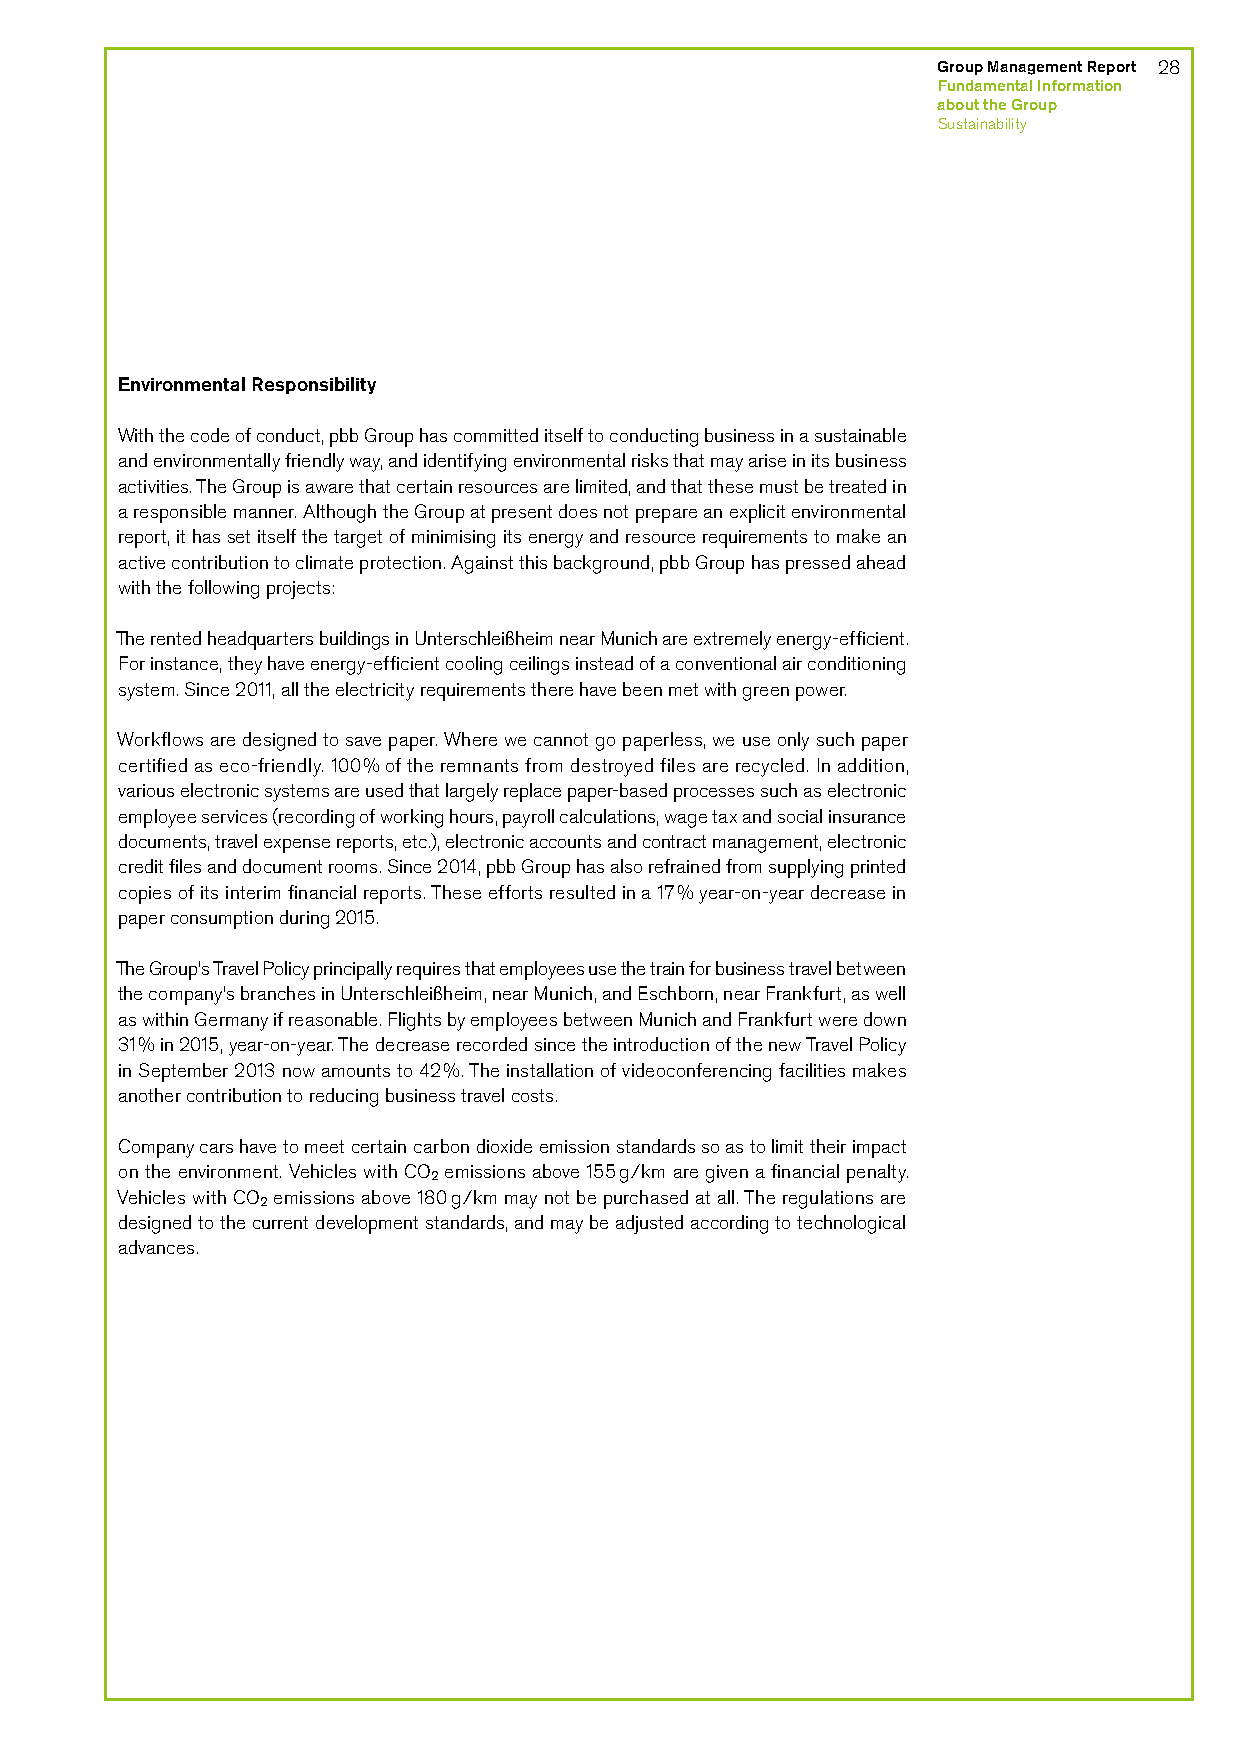
Group Management Report 28
 F undamental Information
 about the Group
 Sustainability
 Environmental Responsibility
 With the code of conduct, pbb Group has committed itself to conducting business in a sustainable
 and environmentally friendly way, and identifying environmental risks that may arise in its business
 activities. The Group is aware that certain resources are limited, and that these must be treated in
 a responsible manner. Although the Group at present does not prepare an explicit environmental
 report, it has set itself the target of minimising its energy and resource requirements to make an
 active contribution to climate protection. Against this background, pbb Group has pressed ahead
 with the following projects:
 The rented headquarters buildings in Unterschleißheim near Munich are extremely energy-efficient.
 For instance, they have energy-efficient cooling ceilings instead of a conventional air conditioning
 system. Since 2011, all the electricity requirements there have been met with green power.
 Workflows are designed to save paper. Where we cannot go paperless, we use only such paper
 certified as eco-friendly. 100% of the remnants from destroyed files are recycled. In addition,
 various electronic systems are used that largely replace paper-based processes such as electronic
 employee services (recording of working hours, payroll calculations, wage tax and social insurance
 documents, travel expense reports, etc.), electronic accounts and contract management, electronic
 credit files and document rooms. Since 2014, pbb Group has also refrained from supplying printed
 copies of its interim financial reports. These efforts resulted in a 17% year-on-year decrease in
 paper consumption during 2015.
 The Group’s Travel Policy principally requires that employees use the train for business travel between
 the company’s branches in Unterschleißheim, near Munich, and Eschborn, near Frankfurt, as well
 as within Germany if reasonable. Flights by employees between Munich and Frankfurt were down
 31% in 2015, year-on-year. The decrease recorded since the introduction of the new Travel Policy
 in September 2013 now amounts to 42%. The installation of videoconferencing facilities makes
 another contribution to reducing business travel costs.
 Company cars have to meet certain carbon dioxide emission standards so as to limit their impact
 on the environment. Vehicles with CO2 emissions above 155 g/km are given a financial penalty.
 Vehicles with CO emissions above 180 g/km may not be purchased at all. The regulations are
 2
 designed to the current development standards, and may be adjusted according to technological
 advances.